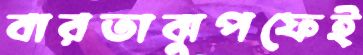
বারতাঝুপফেই